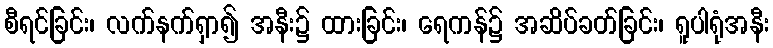
စီရင်ခြင်း၊ လက်နက်ရှာ၍ အနီး၌ ထားခြင်း၊ ရေကန်၌ အဆိပ်ခတ်ခြင်း၊ ရူပါရုံအနီး